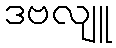
ဒဗလျူ